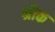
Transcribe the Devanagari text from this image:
श्रौक